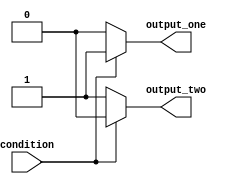
module if_else_statement (
    input wire condition,
    output reg output_one,
    output reg output_two
);

always @(*) begin
    if (~condition) begin
        // Code block executed if condition is false
        output_one = 0;
        output_two = 1;
    end else begin
        // Code block executed if condition is true
        output_one = 1;
        output_two = 0;
    end
end

endmodule